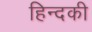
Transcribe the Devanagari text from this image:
हिन्दकी